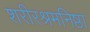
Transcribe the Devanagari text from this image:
शरीरश्रमनिष्ठा